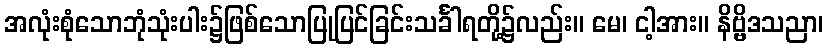
အလုံးစုံသောဘုံသုံးပါး၌ဖြစ်သောပြုပြင်ခြင်းသင်္ခါရတို့၌လည်း။ မေ၊ ငါ့အား။ နိဗ္ဗိဒသညာ၊